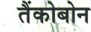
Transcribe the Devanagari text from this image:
तैंकोबोन